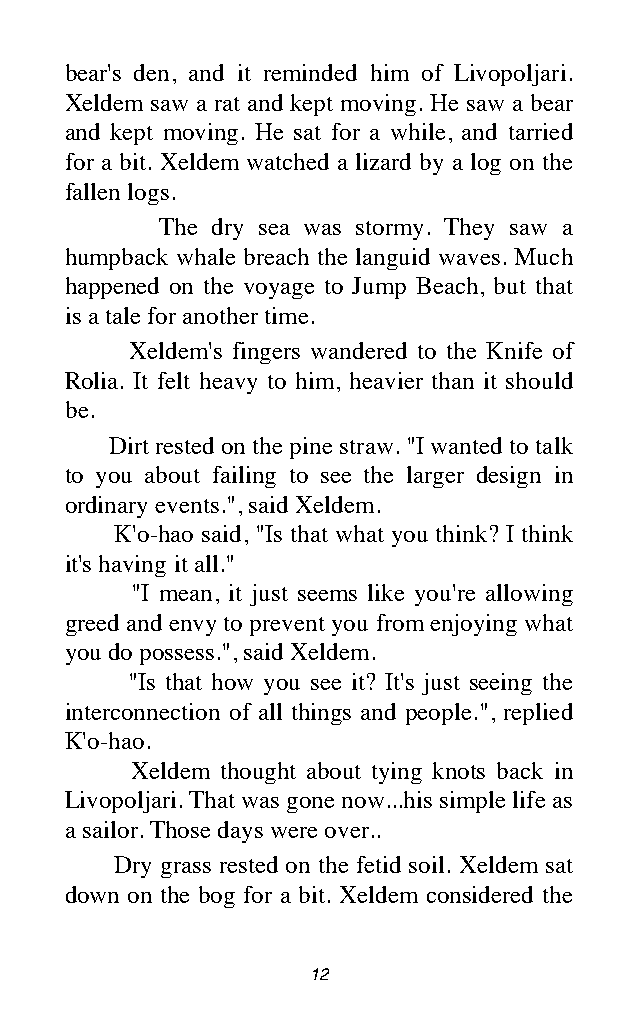
bear's den, and it reminded him of Livopoljari.
 Xeldem saw a rat and kept moving. He saw a bear
 and kept moving. He sat for a while, and tarried
 for a bit. Xeldem watched a lizard by a log on the
 fallen logs.
 The dry sea was stormy. They saw a
 humpback whale breach the languid waves. Much
 happened on the voyage to Jump Beach, but that
 is a tale for another time.
 Xeldem's fingers wandered to the Knife of
 Rolia. It felt heavy to him, heavier than it should
 be.
 Dirt rested on the pine straw. "I wanted to talk
 to you about failing to see the larger design in
 ordinary events.", said Xeldem.
 K'o-hao said, "Is that what you think? I think
 it's having it all."
 "I mean, it just seems like you're allowing
 greed and envy to prevent you from enjoying what
 you do possess.", said Xeldem.
 "Is that how you see it? It's just seeing the
 interconnection of all things and people.", replied
 K'o-hao.
 Xeldem thought about tying knots back in
 Livopoljari. That was gone now...his simple life as
 a sailor. Those days were over..
 Dry grass rested on the fetid soil. Xeldem sat
 down on the bog for a bit. Xeldem considered the
 12